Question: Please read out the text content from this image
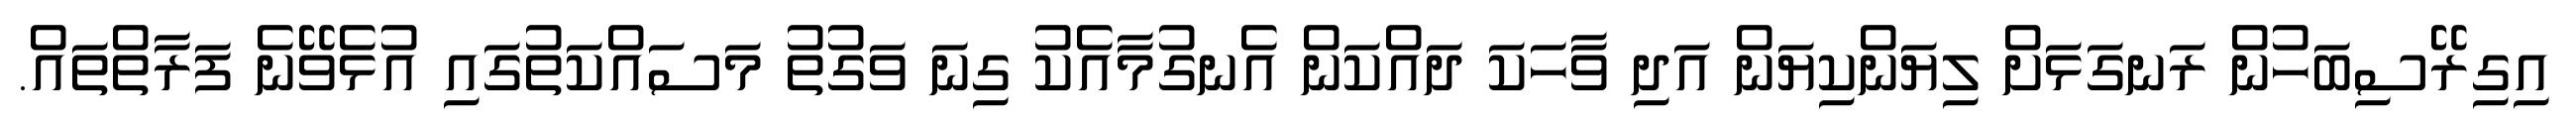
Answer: އިގިރޭސިބަހުން ރަނގަޅަށް ލިޔަންކިޔަން އަދި ވާހަކަ ދައްކަން އެނގުމާއެކު ގިނަ ވަގުތު މަސައްކަތުގައި އުޅެވޭނެ ފަރާތްތައް.